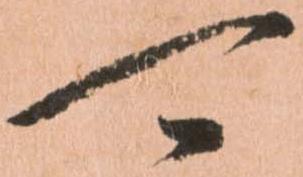
可